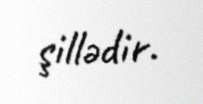
şillədir.